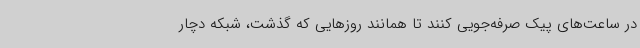
در ساعت‌های پیک صرفه‌جویی کنند تا همانند روزهایی که گذشت، شبکه دچار